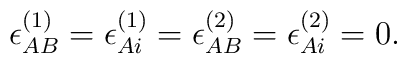
\epsilon^{(1)}_{AB} = \epsilon^{(1)}_{Ai} =\epsilon^{(2)}_{AB} = \epsilon^{(2)}_{Ai} = 0.